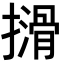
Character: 𫾈